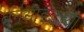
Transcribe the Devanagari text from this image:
बर्नसाईडच्या